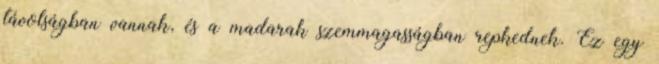
távolságban vannak, és a madarak szemmagasságban repkednek. Ez egy